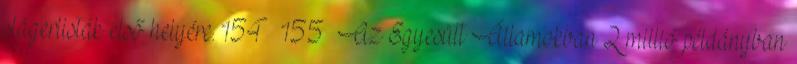
slágerlisták első helyére. 154 155 Az Egyesült Államokban 2 millió példányban